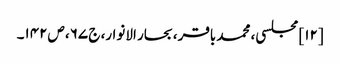
[۱۲] مجلسی، محمد باقر، بحار الانوار، ج‌ ۶۷، ص‌۱۴۲۔